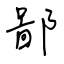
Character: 鄙